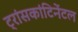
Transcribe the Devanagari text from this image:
ट्रांसकांटिनेंटल